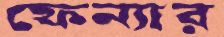
ফেন্যার